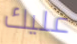
عليك